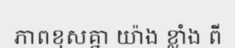
ភាពខុសគ្នា យ៉ាង ខ្លាំង ពី